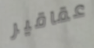
عقاقير